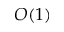
O ( 1 )